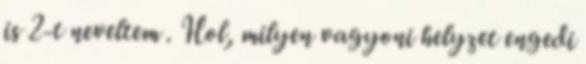
is 2-t neveltem . Hol, milyen vagyoni helyzet engedi